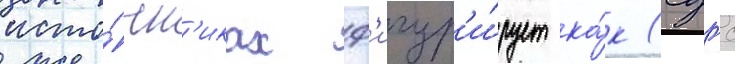
исто́чн'иках ф'игур'и́рует ка́к (сдгс